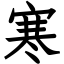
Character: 寒